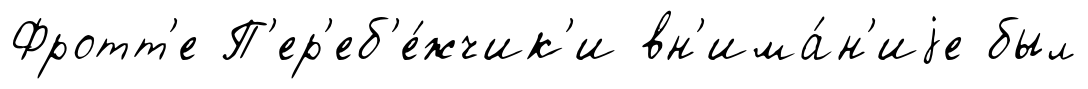
Фротт'е П'ер'еб'е́жчик'и вн'има́н'иjе был